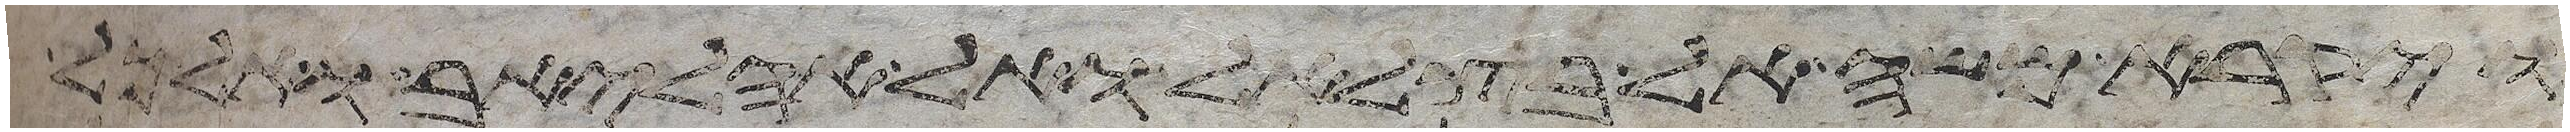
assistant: ויקרא משה אל בצלאל ואל אהליאב ואל כל